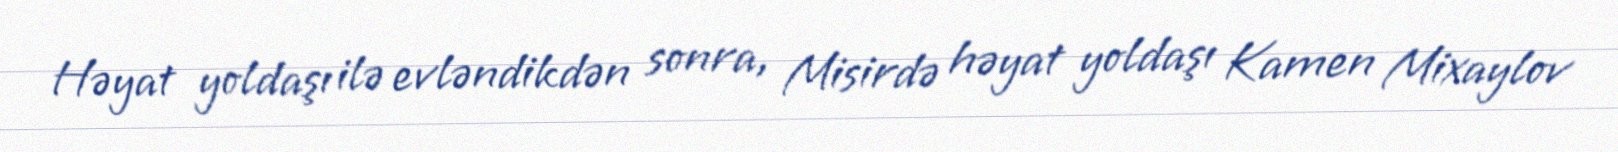
Həyat yoldaşı ilə evləndikdən sonra, Misirdə həyat yoldaşı Kamen Mixaylov